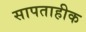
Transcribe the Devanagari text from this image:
सापताहीक